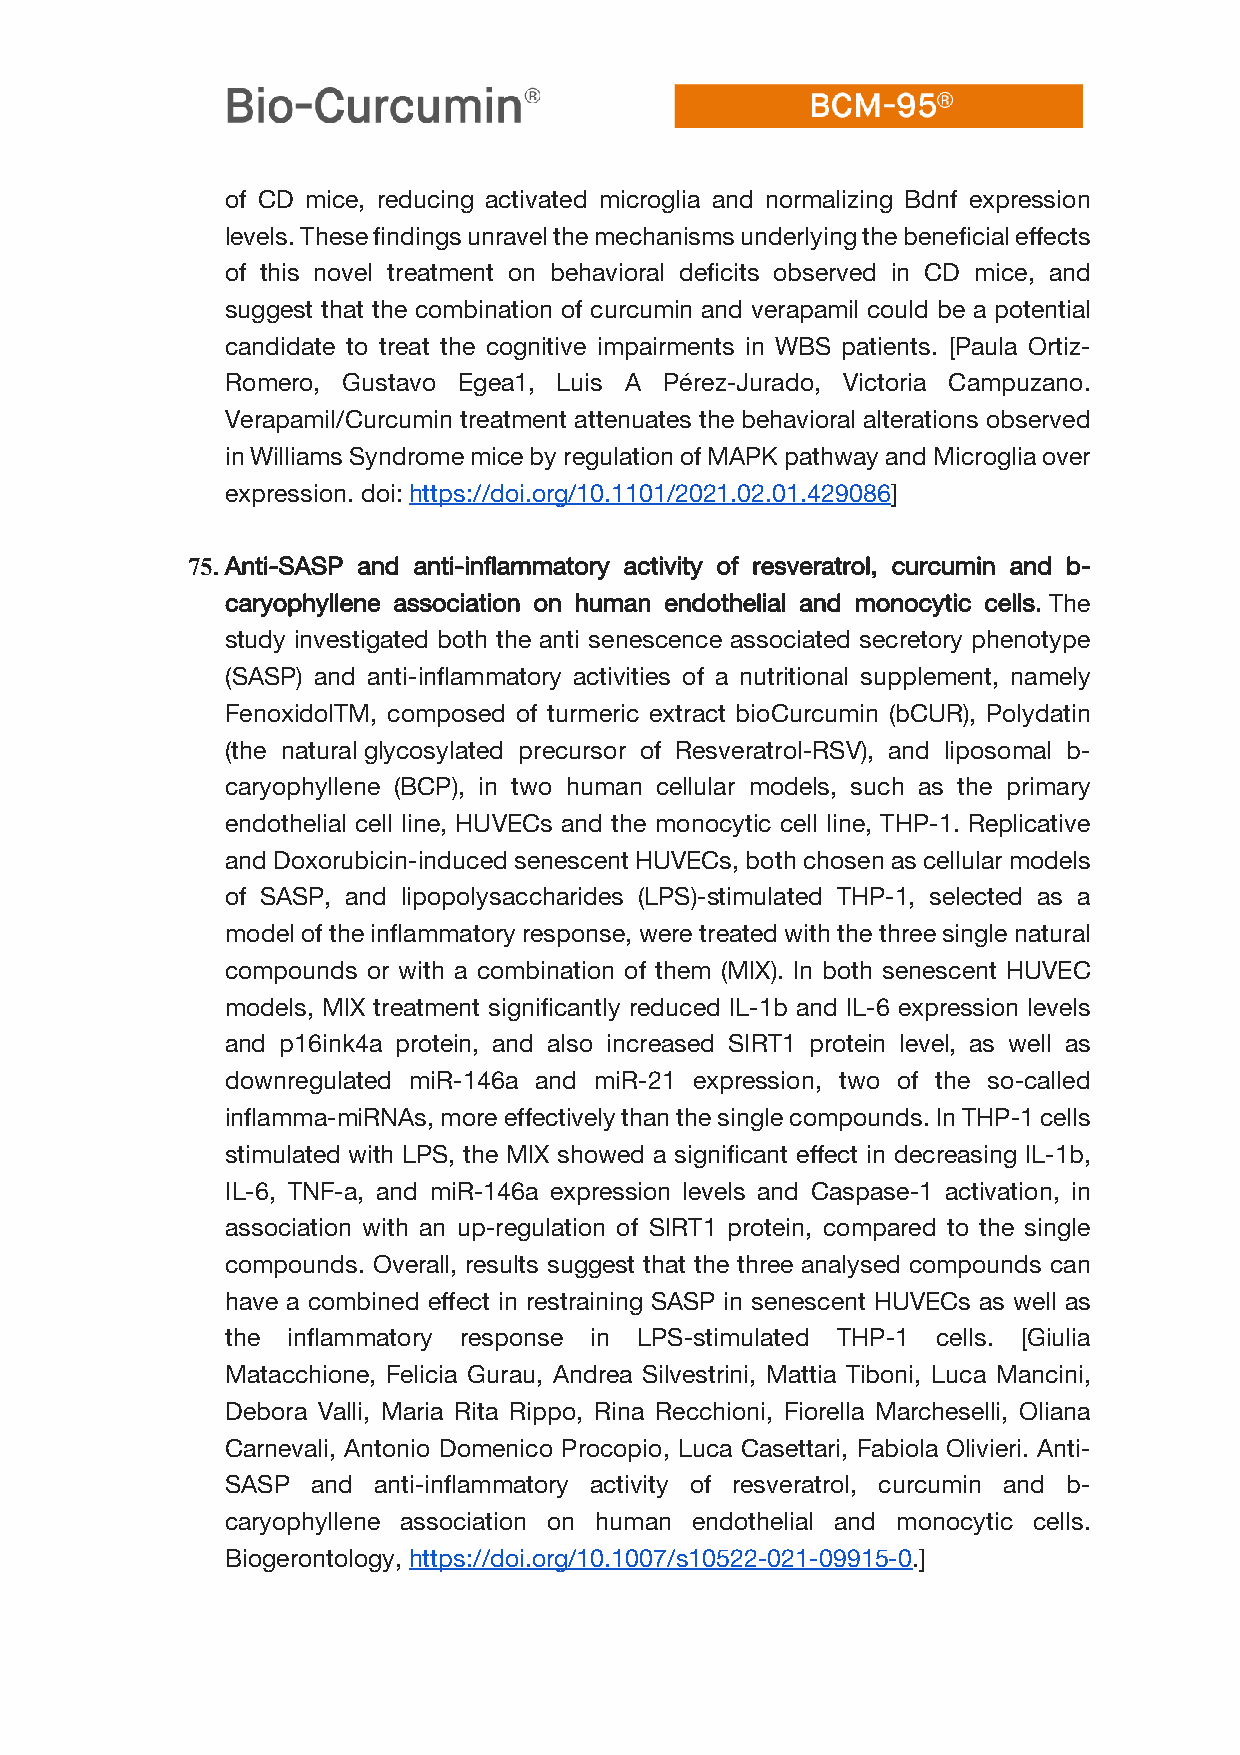
of CD mice, reducing activated microglia and normalizing Bdnf expression
 levels. These findings unravel the mechanisms underlying the beneficial effects
 of this novel treatment on behavioral deficits observed in CD mice, and
 suggest that the combination of curcumin and verapamil could be a potential
 candidate to treat the cognitive impairments in WBS patients. [Paula Ortiz-
 Romero, Gustavo Egea1, Luis A Pérez-Jurado, Victoria Campuzano.
 Verapamil/Curcumin treatment attenuates the behavioral alterations observed
 in Williams Syndrome mice by regulation of MAPK pathway and Microglia over
 expression. doi: https://doi.org/10.1101/2021.02.01.429086]
 75. Anti-SASP and anti-inflammatory activity of resveratrol, curcumin and b-
 caryophyllene association on human endothelial and monocytic cells. The
 study investigated both the anti senescence associated secretory phenotype
 (SASP) and anti-inflammatory activities of a nutritional supplement, namely
 FenoxidolTM, composed of turmeric extract bioCurcumin (bCUR), Polydatin
 (the natural glycosylated precursor of Resveratrol-RSV), and liposomal b-
 caryophyllene (BCP), in two human cellular models, such as the primary
 endothelial cell line, HUVECs and the monocytic cell line, THP-1. Replicative
 and Doxorubicin-induced senescent HUVECs, both chosen as cellular models
 of SASP, and lipopolysaccharides (LPS)-stimulated THP-1, selected as a
 model of the inflammatory response, were treated with the three single natural
 compounds or with a combination of them (MIX). In both senescent HUVEC
 models, MIX treatment significantly reduced IL-1b and IL-6 expression levels
 and p16ink4a protein, and also increased SIRT1 protein level, as well as
 downregulated miR-146a and miR-21 expression, two of the so-called
 inflamma-miRNAs, more effectively than the single compounds. In THP-1 cells
 stimulated with LPS, the MIX showed a significant effect in decreasing IL-1b,
 IL-6, TNF-a, and miR-146a expression levels and Caspase-1 activation, in
 association with an up-regulation of SIRT1 protein, compared to the single
 compounds. Overall, results suggest that the three analysed compounds can
 have a combined effect in restraining SASP in senescent HUVECs as well as
 the inflammatory response in LPS-stimulated THP-1 cells. [Giulia
 Matacchione, Felicia Gurau, Andrea Silvestrini, Mattia Tiboni, Luca Mancini,
 Debora Valli, Maria Rita Rippo, Rina Recchioni, Fiorella Marcheselli, Oliana
 Carnevali, Antonio Domenico Procopio, Luca Casettari, Fabiola Olivieri. Anti-
 SASP  and anti-inflammatory activity of resveratrol, curcumin and b-
 caryophyllene association on human endothelial and monocytic cells.
 Biogerontology, https://doi.org/10.1007/s10522-021-09915-0.]